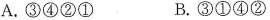
A.③④②① B.③①④②